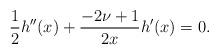
LaTeX: \begin{align*} \frac{1}{2}h''(x)+\frac{-2\nu +1}{2x}h'(x)=0. \end{align*}